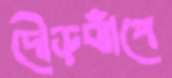
দৌড়ঝাঁপে